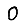
Digit: 0